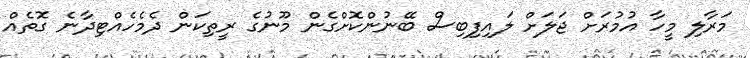
މަރާލި މީހާ އުމުރަށް ޖަލަށް ލައިފިބިސް ބޭނުންކޮށްގެން މޫނުގެ ރީތިކަން ދެމެހެއްޓިދާނެ ގޮތެއް